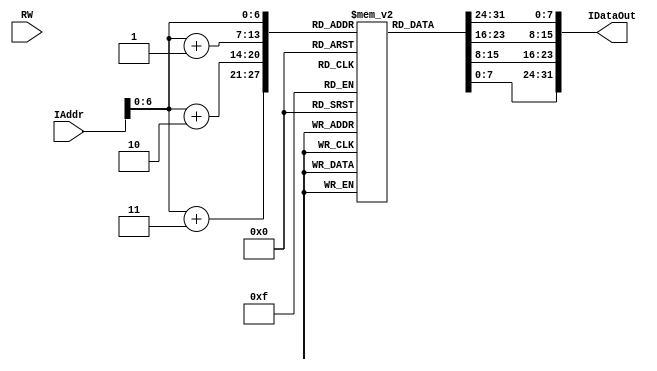
`timescale 1ns / 1ps
//////////////////////////////////////////////////////////////////////////////////
// Company: SYSU
// 
// Design Name: 
// Module Name:    InstructionMemory 
// Project Name: 
// Target Devices: 
// Tool versions: 
// Description: 
//
// Dependencies: 
//
// Revision: 
// Revision 0.01 - File Created
// Additional Comments: 
//
//////////////////////////////////////////////////////////////////////////////////
module InstructionMemory(
	input RW,
	input [31:0] IAddr,
	output [31:0] IDataOut
    );
	 reg [7:0] InsMEM [127:0];
	
	/*
	
	12
	*/
	
	initial begin
		//ORI $1 $0 10
		InsMEM[0] = 8'b01000000;
		InsMEM[1] = 8'b00000001;
		InsMEM[2] = 8'b00000000;
		InsMEM[3] = 8'b00001010;
		
		//ORI $2 $0 12
		InsMEM[4] = 8'b01000000;
		InsMEM[5] = 8'b00000010;
		InsMEM[6] = 8'b00000000;
		InsMEM[7] = 8'b00001100;
		
		//ADD $3 $1 $2
		InsMEM[8]  = 8'b00000000;
		InsMEM[9]  = 8'b00100010;
		InsMEM[10] = 8'b00011000;
		InsMEM[11] = 8'b00000000;
		
		//SUB $5 $2 $1
		InsMEM[12] = 8'b00000100;
		InsMEM[13] = 8'b01000001;
		InsMEM[14] = 8'b00101000;
		InsMEM[15] = 8'b00000000;
		
		//AND $4 $1 $2
		InsMEM[16] = 8'b01000100;
		InsMEM[17] = 8'b00100010;
		InsMEM[18] = 8'b00100000;
		InsMEM[19] = 8'b00000000;
		
		//OR $8 $1 $2
		InsMEM[20] = 8'b01001000;
		InsMEM[21] = 8'b00100010;
		InsMEM[22] = 8'b01000000;
		InsMEM[23] = 8'b00000000;
		
		//BEQ $1 $2 4
		InsMEM[24] = 8'b11000000;
		InsMEM[25] = 8'b00100010;
		InsMEM[26] = 8'b00000000;
		InsMEM[27] = 8'b00000100;
		
		//MOVE $11 $8
		InsMEM[28] = 8'b10000001;
		InsMEM[29] = 8'b00000000;
		InsMEM[30] = 8'b01011000;
		InsMEM[31] = 8'b00000000;
		
		//SW $2 300($1)
		InsMEM[32] = 8'b10011000;
		InsMEM[33] = 8'b00100010;
		InsMEM[34] = 8'b00000001;
		InsMEM[35] = 8'b00101100;
		
		//LW $1 298($2)
		InsMEM[36] = 8'b10011100;
		InsMEM[37] = 8'b01000001;
		InsMEM[38] = 8'b00000001;
		InsMEM[39] = 8'b00101010;
		
		//BEQ $1 $2 -5
		InsMEM[40] = 8'b11000000;
		InsMEM[41] = 8'b00100010;
		InsMEM[42] = 8'b11111111;
		InsMEM[43] = 8'b11111011;
		
		//HALT
		InsMEM[44] = 8'b11111100;
		InsMEM[45] = 8'b00000000;
		InsMEM[46] = 8'b00000000;
		InsMEM[47] = 8'b00000000;
		
	end

		assign IDataOut = { InsMEM[IAddr], InsMEM[IAddr + 1], InsMEM[IAddr + 2], InsMEM[IAddr+ 3] };

endmodule